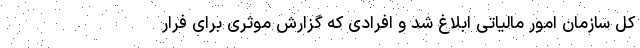
کل سازمان امور مالیاتی ابلاغ شد و افرادی که گزارش موثری برای فرار